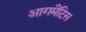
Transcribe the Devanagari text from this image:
आगमैंटिस